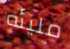
مليئه